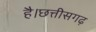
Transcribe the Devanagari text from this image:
है।छत्तीसगढ़